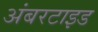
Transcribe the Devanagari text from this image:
अंबरटाइड